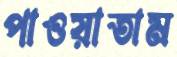
পাওয়াতাম